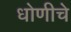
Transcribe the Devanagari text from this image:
धोणीचे